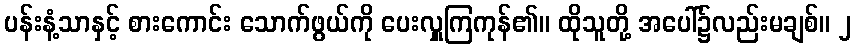
ပန်းနံ့သာနှင့် စားကောင်း သောက်ဖွယ်ကို ပေးလှူကြကုန်၏။ ထိုသူတို့ အပေါ်၌လည်းမချစ်။ ၂